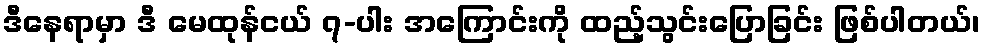
ဒီနေရာမှာ ဒီ မေထုန်ငယ် ၇-ပါး အကြောင်းကို ထည့်သွင်းပြောခြင်း ဖြစ်ပါတယ်၊